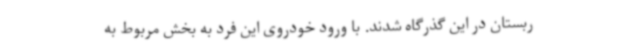
ربستان در این گذرگاه شدند. با ورود خودروی این فرد به بخش مربوط به